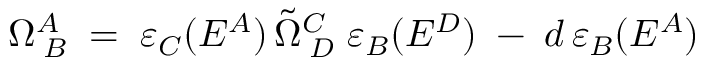
\Omega _ { \; B } ^ { A } \; = \; \varepsilon _ { C } ( E ^ { A } ) \, \tilde { \Omega } _ { \; D } ^ { C } \; \varepsilon _ { B } ( E ^ { D } ) \; - \; d \, \varepsilon _ { B } ( E ^ { A } )